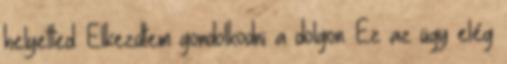
helyetted. Elkezdtem gondolkodni a dolgon. Ez az ügy elég